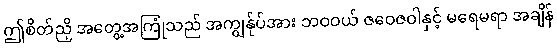
ဤစိတ်ညှိ အတွေ့အကြုံသည် အကျွန်ုပ်အား ဘဝဝယ် ဇဝေဇဝါနှင့် မရေမရာ အချိန်